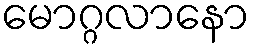
မောဂ္ဂလာနော